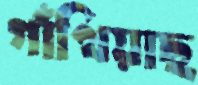
গাঁথিয়াছ